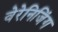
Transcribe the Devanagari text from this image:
वेरेनिजिंग